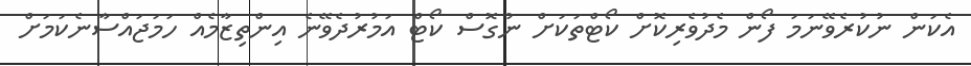
އެކަން ނުކުރެވޭނަމަ ފޯން މެދުވެރިކޮށް ކޯޓްތަކަށް ނުގޮސް ކޯޓް އަމުރުދެވޭނެ އިންތިޒާމެއް ހަމަޖައްސާނެކަމަށް